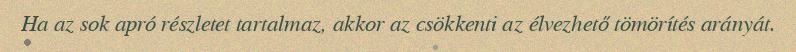
Ha az sok apró részletet tartalmaz, akkor az csökkenti az élvezhető tömörítés arányát.